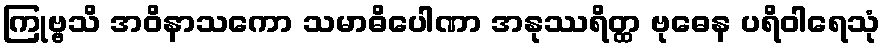
ကြုဗ္ဗသိ အဝိနာသကော သမာဓိပေါဏာ အနုဿရိတ္ထ ဗုဓေန ပရိဝါရေသုံ